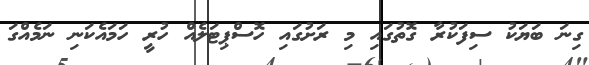
ގިނަ ބަޔަކު ސިފަކުރާ ގޮތުގައި މި ރަށުގައި ހޮސްޕިޓަލެއް ހުރީ ހަމައެކަނި ނަމެއްގަ